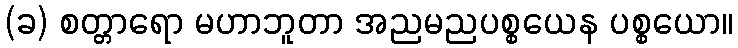
(ခ) စတ္တာရော မဟာဘူတာ အညမညပစ္စယေန ပစ္စယော။